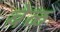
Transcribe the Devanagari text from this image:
बेळ